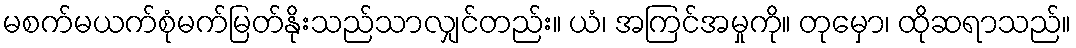
မစက်မယက်စုံမက်မြတ်နိုးသည်သာလျှင်တည်း။ ယံ၊ အကြင်အမှုကို။ တုမှော၊ ထိုဆရာသည်။